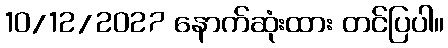
10/12/2027 နောက်ဆုံးထား တင်ပြပါ။